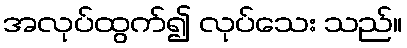
အလုပ်ထွက်၍ လုပ်သေး သည်။